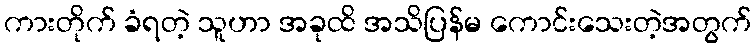
ကားတိုက် ခံရတဲ့ သူဟာ အခုထိ အသိပြန်မ ကောင်းသေးတဲ့အတွက်